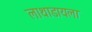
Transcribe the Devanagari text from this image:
लाथाडायला